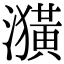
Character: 𤂲